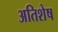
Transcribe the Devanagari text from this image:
अतिशेष